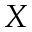
X